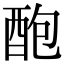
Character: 𨠖